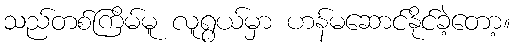
သည်တစ်ကြိမ်မူ လူရွယ်မှာ ဟန်မဆောင်နိုင်ခဲ့တော့။